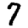
Digit: 7